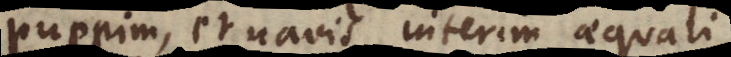
puppim, et navis interim aequali